Vaccination in Bombay 1889-1901 - 1889-1901
Year: 1889
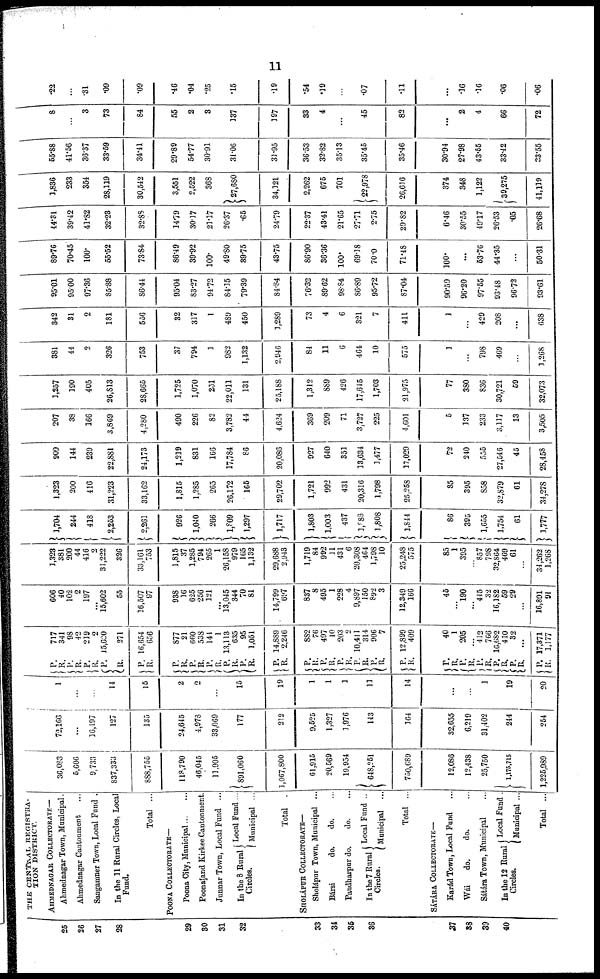
11
25
26
27
28
29
30
31
32
33
34
35
36
57
38
39
40
THE CENTRAL REGISTRA-
TION DISTRICT.
AHMEDNAGAR COLLECTORATE—
Ahmednagar Town, Municipal.
Ahmednagar Cantonment ...
Sangamner Town, Local Fund .
In the 11 Rural Circles, Local
Fund.
Total ...
POONA COLLECTORATE—
Poona City, Municipal ... ...
Poona and Kirkee Cantonment.
Junnar Town, Local Fund ...
In the 8 Rural
Circles.
Local Fund ...
Municipal ...
Total .
SHOLÁPUR COLLECTORATE—
Sholápur Town, Municipal ...
Bársi
do.
do. ...
Pandharpur do.
do. ...
In the 7 Rural
Circles.
Local Fund ..
Municipal ...
Total ...
SÀTARÁ COLLECTORATE—
Karád Town, Local Fund ...
Wái
do.
do. ...
Sátarà Town, Municipal ...
In the 12 Rural
Circles.
Local Fund .
Municipal ...
Total ...
36,083
5,606
9,733
837,333
888,755
118,790
46,045
11,905
891,060
1,067,800
61,915
20,569
19,954
648,251
750,689
12,086
12,438
25,750
1,175,715
1,225,989
72,166
...
16,197
127
135
24,645
4,978
33,069
177
212
9,525
1,327
1,976
143
164
32,655
6,219
31,402
244
254
1
...
...
14
15
2
2
...
15
19
1
1
1
11
14
...
...
1
19
20
P.
R.
P.
R.
P.
R.
P.
R.
P.
R.
P.
R.
P.
R.
P. R.
P.
R.
P.
R.
P.
R.
P.
R.
P.
R.
P.
R.
P.
R.
P.
R.
P.
R.
P.
R.
P.
R.
P.
R.
P.
R.
P.
R.
P.
R.
717
341
98
42
219
2
15,620
271
16,654
656
877
21
660
538
144
1
13,113
635
95
1,051
14,889
2,246
882
76
497
10
203
2 10,411
314
906
7
12,899
409
40
1
205
...
412
766
16,682
410
32
...
17,371
1,177
606
40
102
2
197
...
15,602
55
16,507
97
938
16
625
256
121
...
13,045
344
70
81
14,799
697
837
8
495
1
228
4
9,897
150
892
3
12,349
166
45
...
190
...
445
32
16,182
59
29
...
16,891
91
1,323
381
200
44
416
2
31,222
326
33,161
753
1,815
37
1,285
794
265
1
26,158
979
165
1,132
29,688
2,943
1,719
84
992
11
431
6
20,308
464
1,798
10
25,248
575
85
1
395
...
857
798
32,864
469
61
...
34,262
1,268
1,704
244
418
2,253
2,261
926
1,040
266
1,809
1,297
1,717
1,803
1,003
437
1,988
1,808
1,844
86
395
1,655
1,754
61
1,777
1,323
200
416
31,223
33,162
1,815
1,285
265
26,172
165
29,702
1,721
992
431
20,316
1,798
25,258
85
395
858
32,879
61
34,278
909
144
239
22,881
24,173
1,219
831
166
17,784
86
20,086
927
640
351
13,634
1,477
17,029
72
240
555
27,546
45
28,458
207
38
166
3,869
4,280
490
226
82
3,782
44
4,624
369
209
71
3,727
225
4,601
5
137
233
3,117
13
3,505
1,257
190
405
26,813
28,665
1,725
1,070
251
22,011
131
25,188
1,312
889
426
17,645
1,703
21,975
77
380
836
30,721
59
32,073
381
44
2
326
753
37
794
1
982
1,132
2,946
84
11
6
464
10
575
1
...
798
469
...
1,268
342
31
2
181
556
32
317
1
489
450
1,289
73
4
6
321
7
411
1
...
429
208
...
638
95.01
95.00
97.36
85.88
86.44
95.04
83.27
94.72
84.15
79.39
84.84
76.32
89.62
98.84
86.89
95.72
87.04
90.59
96.20
97.55
93.48
96.72
93.61
89.76
70.45
100.
55.52
73.84
86.49
39.92
100.
49.80
39.75
43.75
86.90
36.36
100.
69.18
70.0
71.48
100.
...
53.76
44.35
...
50.31
44.31
39.42
41.82
32.23
32.88
14.79
30.17
21.17
26.37
.65
24.79
22.37
43.41
21.65
27.71
2.75
29.82
6.46
30.55
49.17
26.53
.05
26.68
1,836
233
354
28,119
30,542
3,551
2,522
368
27,680
34,121
2,262
675
701
22,978
26,616
374
348
1,122
39,275
41,119
55.88
41.56
36.37
33.59
34.41
29.89
54.77
30.91
31.06
31.95
36.53
32.82
35.13
35.45
35.46
30.94
27.98
43.55
33.42
33.55
8
...
3
73
84
55
2
3
137
197
33
4
...
45
82
...
2
4
66
72
.22
...
.31
.09
.09
.46
.04
.25
.15
.19
.54
.19
...
.07
.11
...
.16
.16
.06
.06